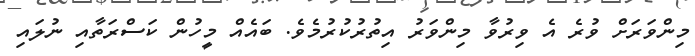
މިންވަރަށް ވުރެ އެ ވިރުވާ މިންވަރު އިތުރުކުރުމެވެ. ބައެއް މީހުން ކަސްރަތާއި ނުލައި